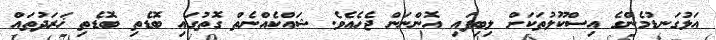
އަޅުގަނޑުމެންގެ އިސްކޫލުތަކަށް ލިބިފައި އޮންނަން ޖެހެއެވެ. ޝައްކެއްނެތް ގޮތުގައި ބޮޑެތި ބޮޑެތި ޚަރަދުތައް